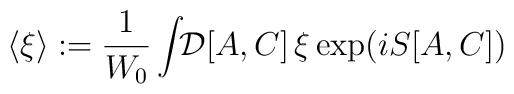
\langle \xi \rangle:= {1\over W_0} \int\!\! {\cal D}[A,C] \, \xi\exp (i S [A,C])